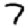
Digit: 7